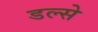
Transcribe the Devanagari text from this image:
डल्से